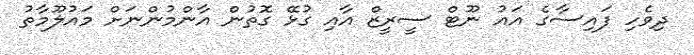
ދިވެހި ފައިސާގެ އައު ނޫޓް ސީރީޒް އާއި ގުޅޭ ގޮތުން އާންމުންނަށް މައުލޫމާތު